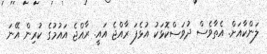
ލަންކާއަށް. އެތާވެސް ދުވަސްކޮޅަކު އުޅެފަ ރާއްޖެ އައީ. ރާއްޖެ އައުމުގެ ކުރިން އޭނަ